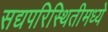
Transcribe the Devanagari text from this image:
सद्यपरिस्थितीमध्ये